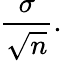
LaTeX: {\frac{\sigma}{\sqrt{n}}}.